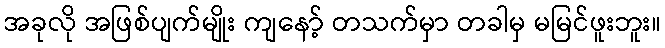
အခုလို အဖြစ်ပျက်မျိုး ကျနော့် တသက်မှာ တခါမှ မမြင်ဖူးဘူး။